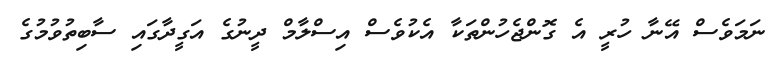
ނަމަވެސް އޭނާ ހުރީ އެ ގޮންޖެހުންތަކާ އެކުވެސް އިސްލާމް ދީނުގެ އަގީދާގައި ސާބިތުވުމުގެ